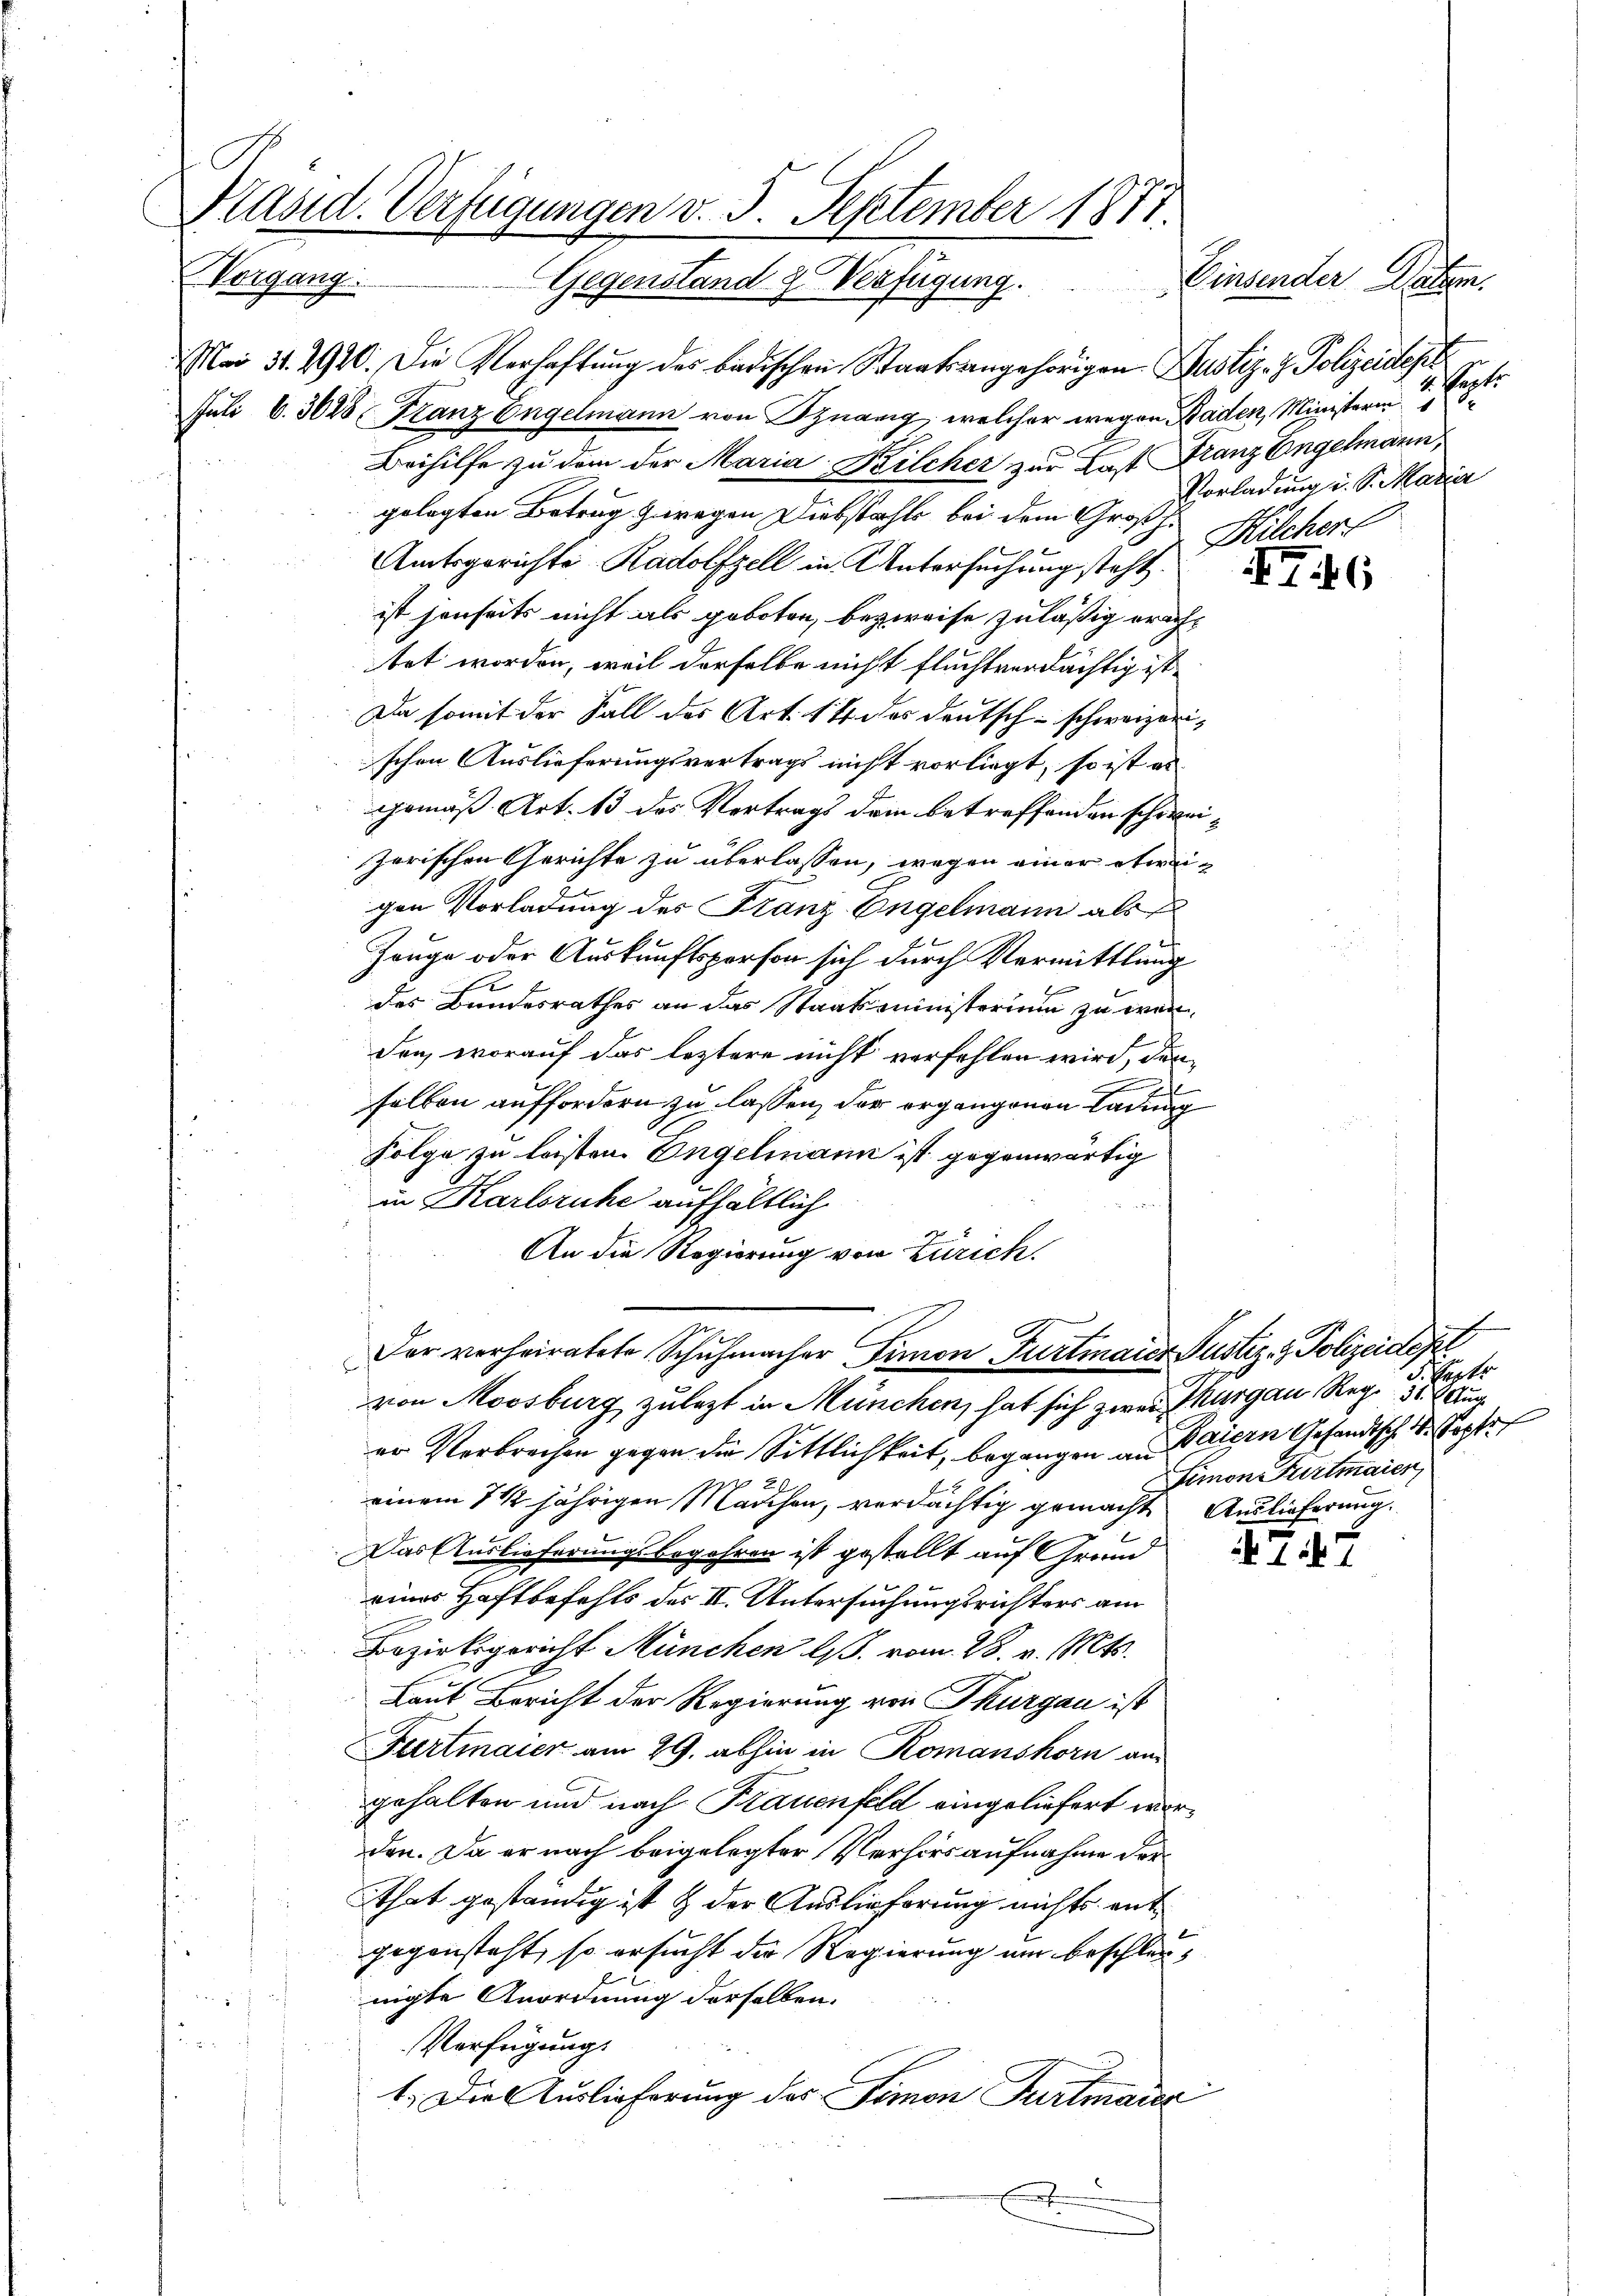
Präsid. Verfügungen v. 5. September 1877.
Vorgang.
Einsender Daten.
Gegenstand & Verfügung.
Mai 31. 2920. Die Verhaftŭng des Badischen Staatsangehörigen Justiz- & Polizeidest
Juli 6. 3688 Franz Engelmann von Sznarig, welcher wegen Baden, Ministerin 18

Beihilfe zu dem der Maria Kilcher zur Last Franz Engelmann,
gelegten Betrug zwegen Diebstahls bei dem Großhe
Amtsgerichte Radolfzell in Untersuchung steht.
ist jenseits nicht als geboten, bezweife zuläßig eracht
tet worden, weil derselbe nicht fluchtverdächtig ist.
Da somit der Fall des Art. 14 des Deutsch-schweizerischen Auslieferungsvertrags nicht vorliegt, so ist es
gemäß Art. 13 des Vertrags dem betreffenden schweizerischen Gerichte zu überlassen, wegen einer etwaigen Vorladung des Franz Engelmann als
Zeuge oder Auskunftsperson sich durch Vermittlung
.
des Bundesrathes an das Staatsministerium zu wen
den, worauf das leztere nicht verfehlen wird, denselben auffordern zu lassen, der organgenen Ladung
Folge zu leisten. Engelmann ist gegenwärtig
in Karlsruhe aufhältlich
An die Regierung von Zürich.
Der verheiratete Schuhmacher Simon Furtmaier Justiz & Polizeidept
von Moosburg zulezt in München, hat sich zwei Thurgau, Reg. 31. Aug
er Verbrechen gegen die Sittlichkeit, begangen an eigen Gesandtsch. d. Kopfe
einem 1 1/2 jährigen Manchen, verdächtig gemacht Auslieferung.
Das Auslieferungsbegehren ist gestellt auf Grund
eines Haftbefehls des II. Untersuchungsrichters am
1
Bezirksgericht München l. vom 28. v. Mts.
Laut Bericht der Regierung von Thurgau ist
Fartmaier am 29. abhin in Romanshorn an
gehalten und nach Frauenfeld eingeliefert worden. Da er nach beigelegter Verhörs aufnahme der¬
Tthat geständig ist & der Auslieferung nichts ent
gegensteht, so ersucht die Regierung um beschleus
nigte Anordnung derselben.
.
Verfügung.
1. Die Auslieferung des Simon Furtmaier
.
x

4. Sept.
Vorladung i. S. Maria
Hilchers

T.16

Pepts
Limon Furtmaier

17